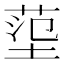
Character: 𡎊